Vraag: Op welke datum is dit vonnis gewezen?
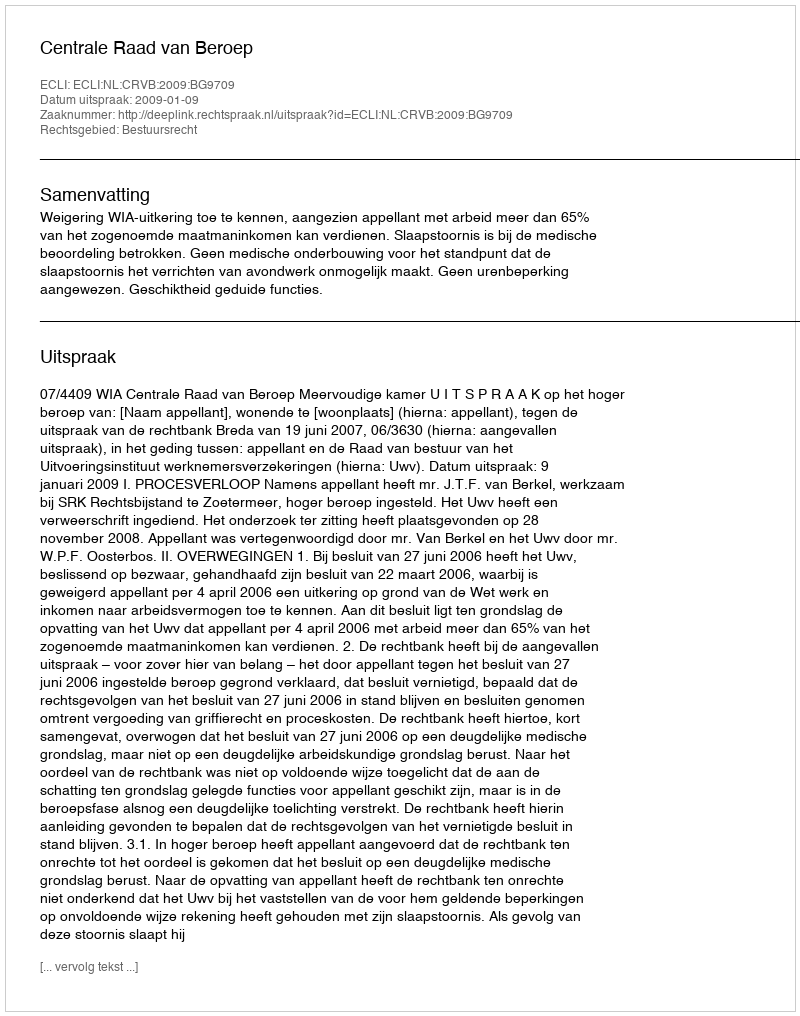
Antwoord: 2009-01-09